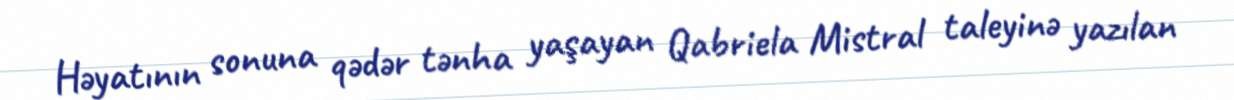
Həyatının sonuna qədər tənha yaşayan Qabriela Mistral taleyinə yazılan